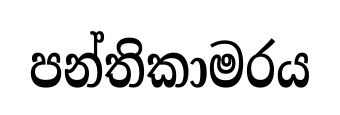
පන්තිකාමරය